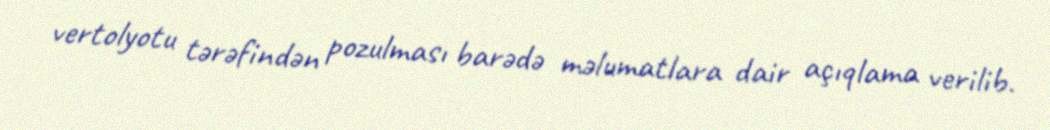
vertolyotu tərəfindən pozulması barədə məlumatlara dair açıqlama verilib.